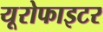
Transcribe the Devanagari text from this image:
यूरोफाइटर